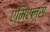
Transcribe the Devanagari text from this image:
एमिएल्स